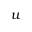
\boldsymbol { u }